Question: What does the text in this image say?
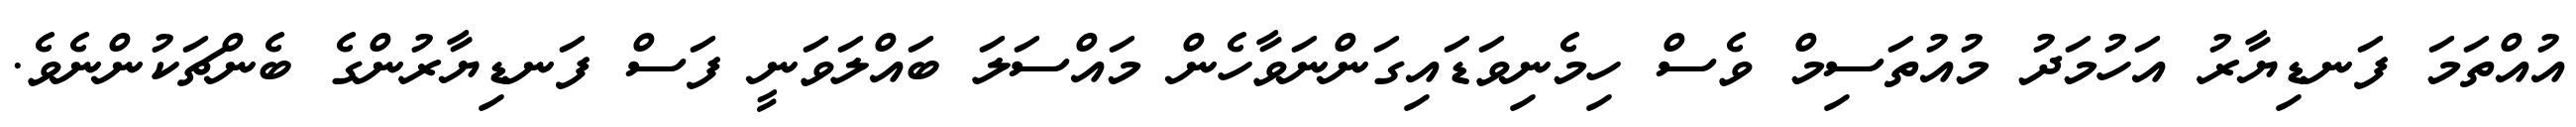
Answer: އުއްތަމަ ފަނޑިޔާރު އަހުމަދު މުއުތަސިމް ވެސް ހިމެނިވަޑައިގަންނަވާހެން މައްސަލަ ބައްލަވަނީ ފަސް ފަނޑިޔާރުންގެ ބެންޗަކުންނެވެ.